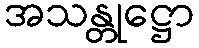
အသန္တုဋ္ဌော